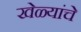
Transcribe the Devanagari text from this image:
खेळ्यांचे